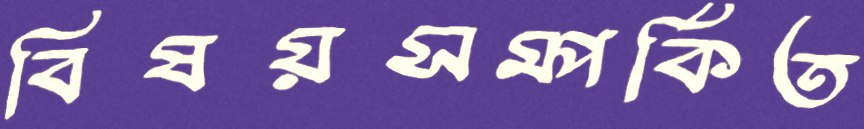
বিষয়সম্পর্কিত